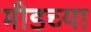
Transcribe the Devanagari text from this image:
मीडच्या